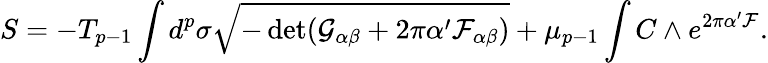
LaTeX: S=-T_{p-1}\int d^{p}\sigma\sqrt{-\operatorname*{det}(\mathcal{G}_{\alpha\beta}+2\pi\alpha^{\prime}\mathcal{F}_{\alpha\beta})}+\mu_{p-1}\int C\wedge e^{2\pi\alpha^{\prime}\mathcal{F}}.